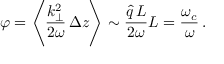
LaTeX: \varphi = \Bigg \langle \frac { k _ { \perp } ^ { 2 } } { 2 \omega } \, \Delta z \Bigg \rangle \sim \frac { \hat { q } \, L } { 2 \omega } L = \frac { \omega _ { c } } { \omega } \, .